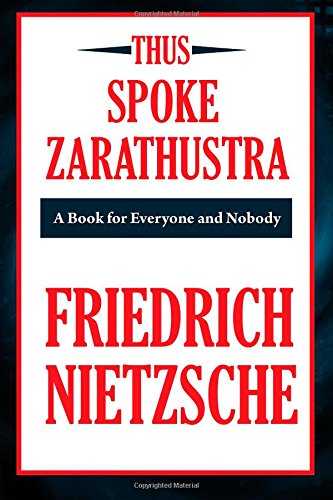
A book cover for Thus Spoke Zarathustra (A Thrifty Book): A Book for All and None; Friedrich Nietzsche; Politics & Social Sciences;